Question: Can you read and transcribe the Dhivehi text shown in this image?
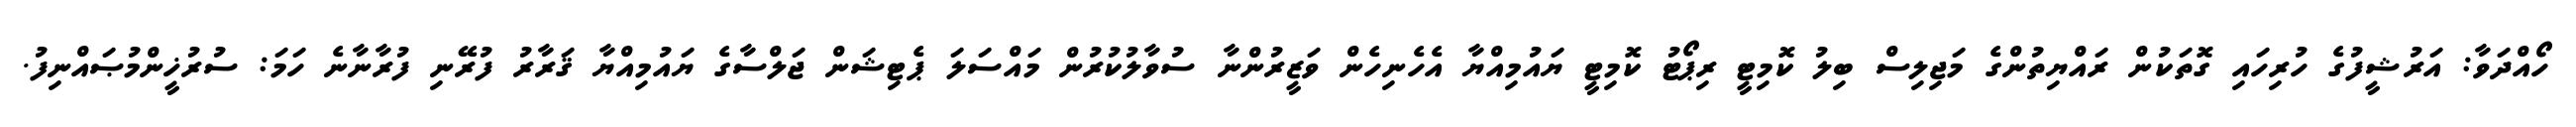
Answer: ހޯއްދަވާ: އަރުޝީފުގެ ހުރިހައި ގޮތަކުން ރައްޔިތުންގެ މަޖިލިސް ބިލު ކޮމިޓީ ރިޕޯޓު ކޮމިޓީ ޔައުމިއްޔާ އެހެނިހެން ވަޒީރުންނާ ސުވާލުކުރުން މައްސަލަ ޕެޓިޝަން ޖަލްސާގެ ޔައުމިއްޔާ ޤަރާރު ފުރޭނި ފުރާނާނެ ހަމަ: ސުރުޚީންމުޞައްނިފު.